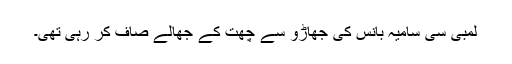
لمبی سی سامیہ بانس کی جھاڑو سے چھت کے جھالے صاف کر رہی تھی۔